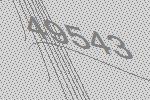
49543